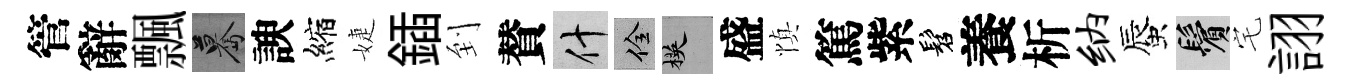
管辭飄驀諛縮婕鍤到賛什佺楧盛慎篤紫髫養析纳蜃鬢宅詡